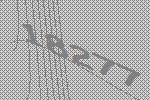
18277